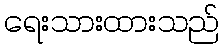
ရေးသားထားသည်